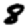
Digit: 8